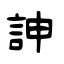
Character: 訷